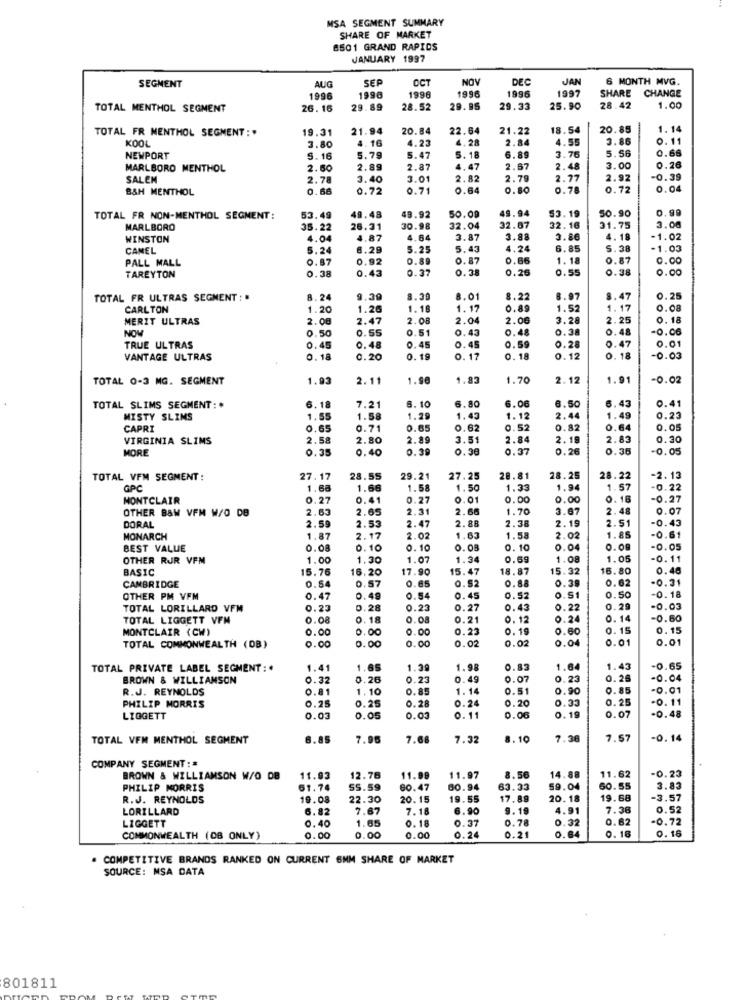
MSA SEGMENT SUMMARY
SHARE OF MARKET
8501 GRAND RAPIDS
JANUARY 1997
AUG
SEP
OCT
NOV
DEC
JAN
6 MONTH MVG.
SEGMENT
1996
1996
1997
SHARE
CHANGE
1996
1996
TOTAL MENTHOL SEGMENT
26.16
29.89
28.52
29.95
29.33
25.90
28.42
1.00
TOTAL FR MENTHOL SEGMENT :.
19.31
21.94
20.84
22.64
21.22
18.54
20.85
1.14
KOOL
4. 16
4.23
4.28
2.84
4.55
3.86
0.11
3.80
6.89
5.56
0.66
NEWPORT
S. 16
5.79
5.47
5.18
3.76
MARLBORO MENTHOL
2.60
2.89
2.87
4,47
2.67
2.48
3.00
0.26
SALEM
2.78
3.40
3.01
2.82
2.79
2.77
2.92
-0.39
B&H MENTHOL
0.66
0.72
0.71
.64
0.80
0.78
0.72
0.04
49.48
49.94
0.99
TOTAL FR NON-MENTHOL SEGMENT:
53.49
49.92
50.0
53.19
50.90
MARLBORO
35.22
26.31
30.98
32.04
32.07
32.16
31.75
3.08
WINSTON
4.04
4.87
4.64
3.87
3.88
3.86
4.18
-1.02
CANEL
5.24
6.28
5.25
5.43
4.24
6.85
S. 38
-1.03
PALL MALL
0.87
0.92
0.89
0.87
0.86
1.18
0.87
0.00
TAREYTON
0.38
0.43
0.37
0.38
0.26
0.55
0.38
0.00
TOTAL FR ULTRAS SEGMENT : .
1.24
9.39
8.30
8.01
8.22
8.97
0.25
CARLTON
.20
1.26
1.18
1.17
0.89
1.52
1.17
0.08
MERIT ULTRAS
2.08
2.47
2.08
2.04
2.06
3.28
2.25
0. 18
NOW
0.50
0.55
0.51
0.43
0.48
0.38
0.48
+0.06
0.28
0.47
.01
TRUE ULTRAS
0.45
0.48
0.45
0.45
VANTAGE ULTRAS
0.18
0.20
0.19
0. 17
0. 18
0.12
0. 18
0.00
TOTAL 0-3 MG. SEGMENT
1.93
2.11
1.90
1.83
1.70
2.12
1.91
-0.02
8. 10
6.06
6.50
0.41
TOTAL SLIMS SEGMENT :*
6.18
7.21
6.80
6.43
MISTY SLIMS
1.55
1.58
1.29
1.43
1.12
2.44
1.49
0.23
CAPRI
0.65
0.71
0.65
0.62
0.52
0.82
0.64
0.05
VIRGINIA SLIMS
2.58
2.80
2.89
3.51
2.84
2.19
2.83
0.30
MORE
0.35
0.40
0.39
0.30
0.37
0.26
0.35
-0.05
TOTAL VFM SEGMENT :
27.17
28.55
29.21
27.25
28.81
28.25
28.22
-2.13
GPC
1.68
1.68
1.58
1.50
1.33
1.94
1.57
-0.22
MONTCLAIR
0.27
0.41
0.27
0.01
0.00
0.00
0.16
-0.27
OTHER 8&M VFM W/O DB
2.63
2.65
2.31
1.70
3.67
2.48
.07
2.53
2.47
2.88
2.38
2.19
2.51
43
DORAL
2.59
O
51
MONARCH
1.87
2.17
2.02
1
1.58
2.02
1.85
BEST VALUE
0.08
0.10
0.10
0.08
0. 10
0.04
0.09
OTHER RJR VFM
1.00
1.30
1.07
1.34
0.69
1.08
1.05
11
BASIC
15.76
16.20
17.90
15.47
18.87
15.32
16.80
46
CAMBRIDGE
0.65
0.88
0.39
0.62
0.31
0.54
0.57
0.52
45
0.
50
0.18
OTHER PM VFM
0.47
0.49
0.54
0.52
0.51
TOTAL LORILLARD VFM
0.23
0.28
0.23
O .:
0.43
0.22
1. 29
0.03
TOTAL LIGGETT VFM
0.08
0.18
2.08
0.21
0.12
0.24
.14
-0.60
MONTCLAIR (CW)
0.00
0.00
.00
O.
0.19
0.60
0. 15
0.15
0.00
.00
0.04
0.01
0.01
TOTAL COMMONWEALTH (DB)
0.00
1.02
0.02
TOTAL PRIVATE LABEL SEGMENT: .
1.41
1.65
1.39
1.98
0.83
1.64
1.43
-0.65
BROWN & WILLIAMSON
0.32
0.26
0.23
0.49
0.07
0.23
0.26
-0.04
R.J. REYNOLDS
0.81
1.10
0.85
1.14
0.51
0.90
0.85
-0.01
0.25
0.25
0.28
0.24
0.20
0.33
0.25
.0. 11
PHILIP MORRIS
.D.48
LIGGETT
0.03
0.05
0.03
0. 11
0.06
0.19
0.07
TOTAL VFM MENTHOL SEGMENT
6.85
7.96
7.68
7.32
8. 10
7.36
7.57
-0. 14
COMPANY SEGMENT : #
-0.23
BROWN & WILLIAMSON W/O DB
11.03
12.76
11.99
11.97
8.56
14.88
11.62
PHILIP MORRIS
61.74
SS.59
60.47
60.94
83.33
59.04
60.55
3.83
R.J. REYNOLDS
19.08
22.30
20.15
19.55
17.89
20.18
19.68
-3.57
LORILLARD
6.82
7.67
7.18
6.90
9.19
4.91
7.36
0.52
0.40
0.37
0.78
0.32
0.62
-0.72
LIGGETT
1.65
0. 18
0.16
COMMONWEALTH (OB ONLY)
0.00
0.00
0.00
0.24
0.21
0.84
0. 16
COMPETITIVE BRANDS RANKED ON CURRENT 6MM SHARE OF MARKET
SOURCE: MSA DATA
801811